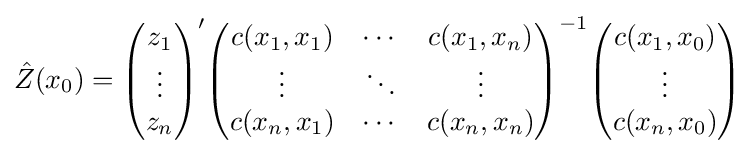
{\hat {Z}}(x_{0})={\begin{pmatrix}z_{1}\\\vdots \\z_{n}\end{pmatrix}}'{\begin{pmatrix}c(x_{1},x_{1})&\cdots &c(x_{1},x_{n})\\\vdots &\ddots &\vdots \\c(x_{n},x_{1})&\cdots &c(x_{n},x_{n})\end{pmatrix}}^{-1}{\begin{pmatrix}c(x_{1},x_{0})\\\vdots \\c(x_{n},x_{0})\end{pmatrix}}